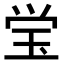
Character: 𭸼